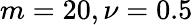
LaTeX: m=20,\nu=0.5